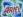
ariel